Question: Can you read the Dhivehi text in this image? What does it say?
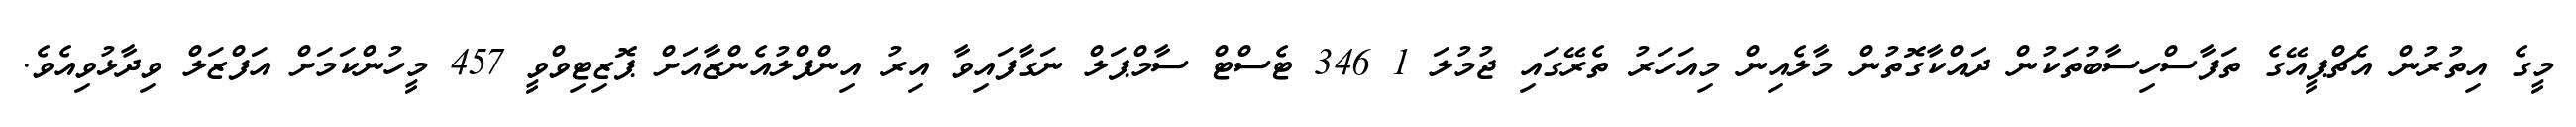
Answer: މީގެ އިތުރުން އެޗްޕީއޭގެ ތަފާސްހިސާބުތަކުން ދައްކާގޮތުން މާލެއިން މިއަހަރު ތެރޭގައި ޖުމުލަ 1 346 ޓެސްޓް ސާމްޕަލް ނަގާފައިވާ އިރު އިންފްލުއެންޒާއަށް ޕޮޒިޓިވްވީ 457 މީހުންކަމަށް އަފްޒަލް ވިދާޅުވިއެވެ.